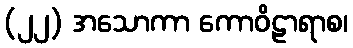
(၂၂) အသောကာ ကောဝိဠာရာစ၊